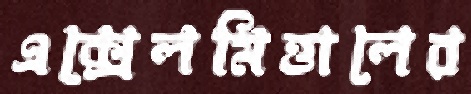
এক্সেলমিত্তালের